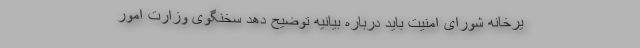
یرخانه شورای امنیت باید درباره بیانیه توضیح دهد سخنگوی وزارت امور